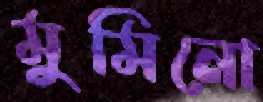
মুমিনো